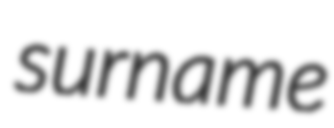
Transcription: surname